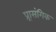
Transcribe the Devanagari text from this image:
प्र्रासंगिक